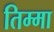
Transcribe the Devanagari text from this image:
तिम्मा